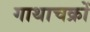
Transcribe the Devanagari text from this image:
गाथाचक्रों